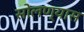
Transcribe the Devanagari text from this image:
सोलण्यास